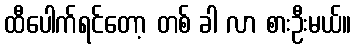
ထီပေါက်ရင်တော့ တစ် ခါ လာ စားဦးမယ်။